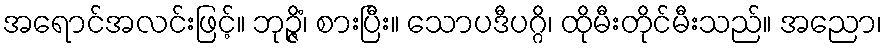
အရောင်အလင်းဖြင့်။ ဘုဉ္ဇိံ၊ စားပြီး။ သောပဒီပဂ္ဂိ၊ ထိုမီးတိုင်မီးသည်။ အညော၊